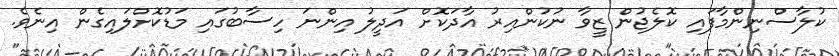
ކުލާސްނިންމާފައި ކޮލެޖުން ޒީވާ ނުކުންއިރު އާދަކޮށް އަދީލު އިންނަ ހިސާބުގައި މަޑުކޮށްލައިގެން އިނެވެ.